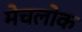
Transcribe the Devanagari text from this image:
मेचलोक